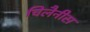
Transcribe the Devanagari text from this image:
चिलैनीस